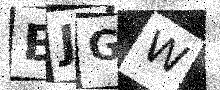
Text: BJGW